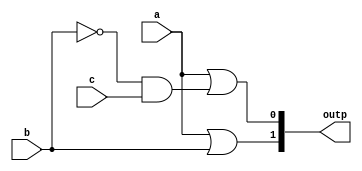
`timescale 1ns / 1ps
//////////////////////////////////////////////////////////////////////////////////
// Company: 
// Engineer: 
// 
// Design Name: 
// Module Name:    encoder_gate 
// Project Name: 
// Target Devices: 
// Tool versions: 
// Description: 
//
// Dependencies: 
//
// Revision: 
// Revision 0.01 - File Created
// Additional Comments: 
//
//////////////////////////////////////////////////////////////////////////////////
module encoder_gate(
	 input a,
	 input b,
	 input c,
	 output [1:0] outp
    );
	 

	 wire q1,q2;         
	 not n1(q1,b);            //q1 = b'
	 and a1(q2,q1,c);         //q2 = b'^c
	 or o1(outp[1],a,b);      //msb = a or b
	 or o2(outp[0],a,q2);     //lsb = a or b'^c
	 

endmodule